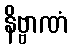
နိဗ္ဗာဏံ